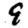
Digit: 9